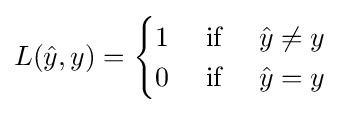
L({\hat {y}},y)={\begin{cases}1&{\mbox{ if }}\quad {\hat {y}}\neq y\\0&{\mbox{ if }}\quad {\hat {y}}=y\end{cases}}